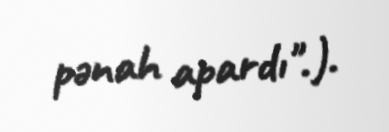
pənah apardı".).